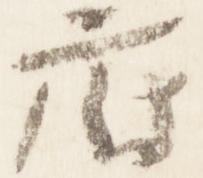
府